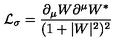
{ \cal L } _ { \sigma } = \frac { \partial _ { \mu } W \partial ^ { \mu } W ^ { * } } { ( 1 + | W | ^ { 2 } ) ^ { 2 } }